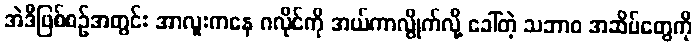
အဲဒီဖြစ်စဉ်အတွင်း အာလူးကနေ ဂလိုင်ကို အယ်ကာလွိုက်လို့ ခေါ်တဲ့ သဘာဝ အဆိပ်တွေကို